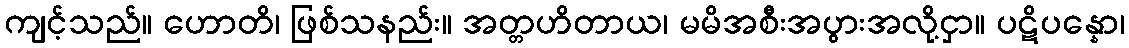
ကျင့်သည်။ ဟောတိ၊ ဖြစ်သနည်း။ အတ္တဟိတာယ၊ မမိအစီးအပွားအလို့ငှာ။ ပဋိပန္နော၊